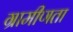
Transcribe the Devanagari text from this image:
ग्रामीणता